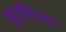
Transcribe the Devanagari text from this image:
तुंगविजय